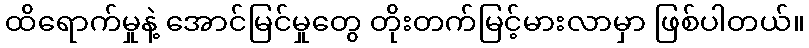
ထိရောက်မှုနဲ့ အောင်မြင်မှုတွေ တိုးတက်မြင့်မားလာမှာ ဖြစ်ပါတယ်။